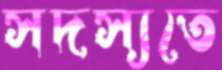
সদস্যতে